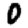
Digit: 0